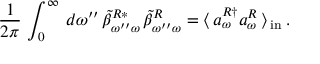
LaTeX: \frac { 1 } { 2 \pi } \, \int _ { 0 } ^ { \infty } \, d \omega ^ { \prime \prime } \, \tilde { \beta } _ { \omega ^ { \prime \prime } \omega } ^ { R * } \, \tilde { \beta } _ { \omega ^ { \prime \prime } \omega } ^ { R } = \langle \, a _ { \omega } ^ { R \dag } a _ { \omega } ^ { R } \, \rangle \, _ { \mathrm { { i n } } } \, .